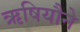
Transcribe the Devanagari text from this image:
ऋषियौने